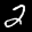
Label: 2